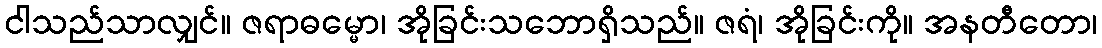
ငါသည်သာလျှင်။ ဇရာဓမ္မော၊ အိုခြင်းသဘောရှိသည်။ ဇရံ၊ အိုခြင်းကို။ အနတီတော၊